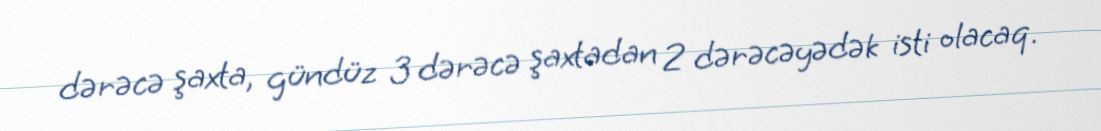
dərəcə şaxta, gündüz 3 dərəcə şaxtadan 2 dərəcəyədək isti olacaq.